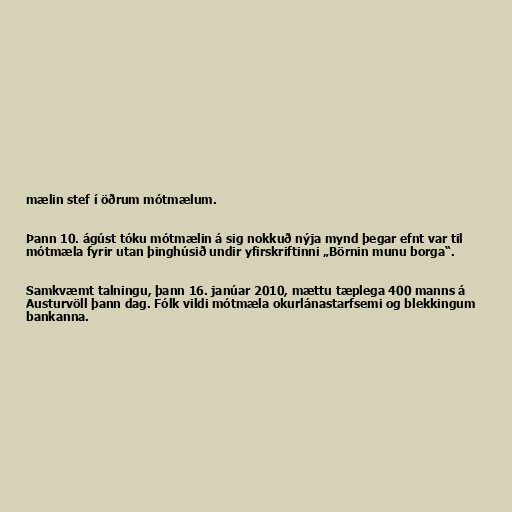
mælin stef í öðrum mótmælum.

Þann 10. ágúst tóku mótmælin á sig nokkuð nýja mynd þegar efnt var til
mótmæla fyrir utan þinghúsið undir yfirskriftinni „Börnin munu borga“.

Samkvæmt talningu, þann 16. janúar 2010, mættu tæplega 400 manns á
Austurvöll þann dag. Fólk vildi mótmæla okurlánastarfsemi og blekkingum
bankanna.